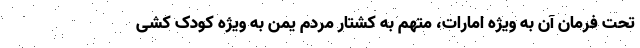
تحت فرمان آن به ویژه امارات، متهم به کشتار مردم یمن به ویژه کودک کشی